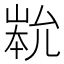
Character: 𡹿